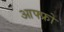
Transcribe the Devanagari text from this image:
आफ्फ्रो